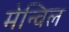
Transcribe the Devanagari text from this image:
मेन्विल